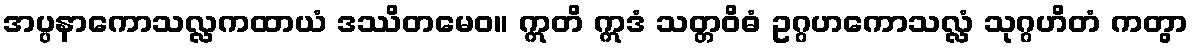
အပ္ပနာကောသလ္လကထာယံ ဒဿိတမေဝ။ ဣတိ ဣဒံ သတ္တဝိဓံ ဥဂ္ဂဟကောသလ္လံ သုဂ္ဂဟိတံ ကတွာ